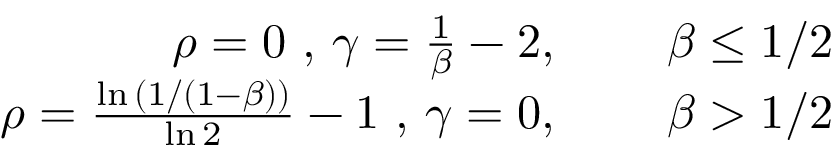
\begin{array} { r l } { \rho = 0 \mathrm { ~ , ~ } \gamma = \frac { 1 } { \beta } - 2 , \ \ } & { { } \ \ \beta \le 1 / 2 } \\ { \rho = \frac { \ln { ( 1 / ( 1 - \beta ) ) } } { \ln { 2 } } - 1 \mathrm { ~ , ~ } \gamma = 0 , \ \ } & { { } \ \ \beta > 1 / 2 } \end{array}